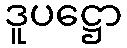
ဒူပဋ္ဌော